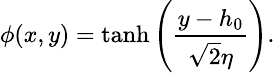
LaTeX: \small\phi(x,y)=\operatorname{tanh}\left(\frac{y-h_{0}}{\sqrt{2}\eta}\right).